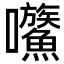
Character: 𡆍